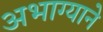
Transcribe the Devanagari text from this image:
अभाग्याने